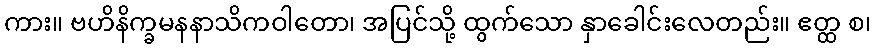
ကား။ ဗဟိနိက္ခမနနာသိကဝါတော၊ အပြင်သို့ ထွက်သော နှာခေါင်းလေတည်း။ ဧတ္ထ စ၊